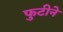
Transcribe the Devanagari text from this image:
फुटीने